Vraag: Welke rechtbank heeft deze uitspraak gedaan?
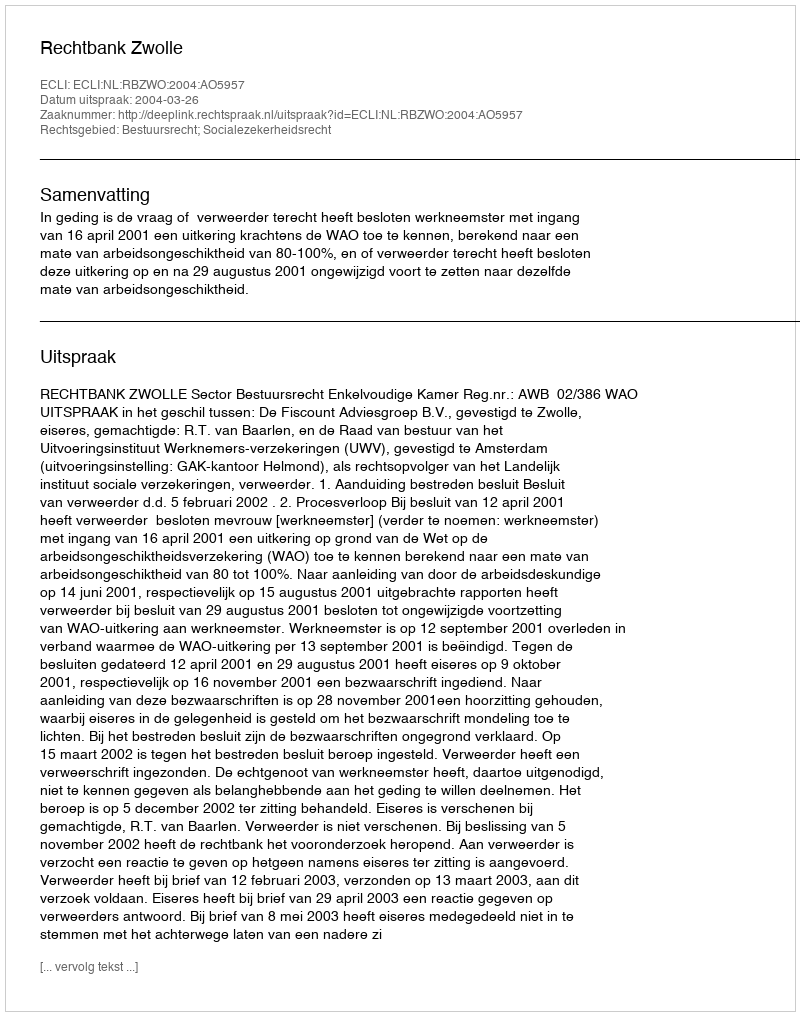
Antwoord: Rechtbank Zwolle